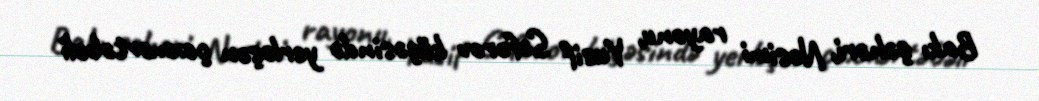
Bakı şəhəri, Nəsimi rayonu, Yusif Səfərov küçəsində yerləşən çoxmərtəbəli